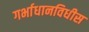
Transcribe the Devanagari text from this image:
गर्भाधानविधीस